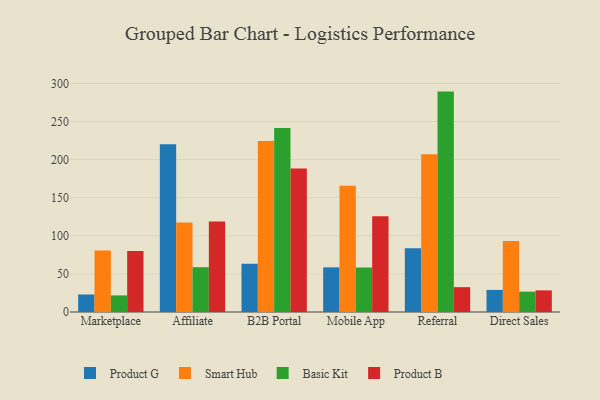
{"axis": {"x": "Channel", "y": "Headcount"}, "legend": ["Basic Kit", "Product B", "Product G", "Smart Hub"], "data": [{"x": "Marketplace", "y": 23.0, "type": "Product G"}, {"x": "Marketplace", "y": 80.6, "type": "Smart Hub"}, {"x": "Marketplace", "y": 21.8, "type": "Basic Kit"}, {"x": "Marketplace", "y": 79.9, "type": "Product B"}, {"x": "Affiliate", "y": 220.1, "type": "Product G"}, {"x": "Affiliate", "y": 117.5, "type": "Smart Hub"}, {"x": "Affiliate", "y": 58.8, "type": "Basic Kit"}, {"x": "Affiliate", "y": 118.7, "type": "Product B"}, {"x": "B2B Portal", "y": 63.3, "type": "Product G"}, {"x": "B2B Portal", "y": 224.3, "type": "Smart Hub"}, {"x": "B2B Portal", "y": 241.5, "type": "Basic Kit"}, {"x": "B2B Portal", "y": 188.3, "type": "Product B"}, {"x": "Mobile App", "y": 58.6, "type": "Product G"}, {"x": "Mobile App", "y": 165.7, "type": "Smart Hub"}, {"x": "Mobile App", "y": 58.4, "type": "Basic Kit"}, {"x": "Mobile App", "y": 125.5, "type": "Product B"}, {"x": "Referral", "y": 83.8, "type": "Product G"}, {"x": "Referral", "y": 207.1, "type": "Smart Hub"}, {"x": "Referral", "y": 289.2, "type": "Basic Kit"}, {"x": "Referral", "y": 32.6, "type": "Product B"}, {"x": "Direct Sales", "y": 29.0, "type": "Product G"}, {"x": "Direct Sales", "y": 93.2, "type": "Smart Hub"}, {"x": "Direct Sales", "y": 26.7, "type": "Basic Kit"}, {"x": "Direct Sales", "y": 28.4, "type": "Product B"}]}